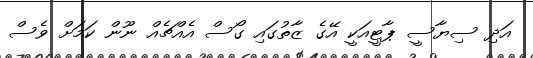
އަދި ސިޔާސީ ޕާޓީއަކީ އޭގެ ޒާތުގައި ގޯސް އެއްޗެއް ނޫން ކަމަށް ވެސް